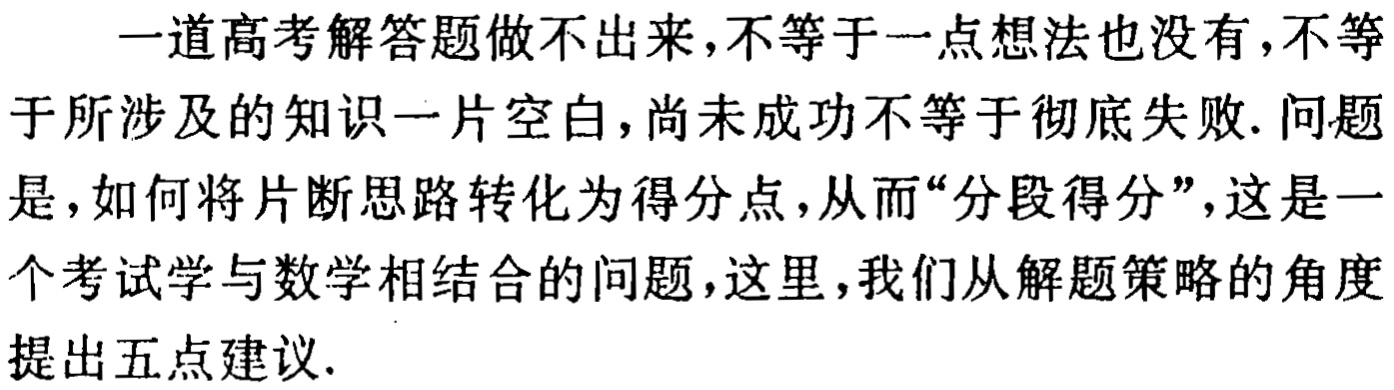
一道高考解答题做不出来,不等于一点想法也没有,不等于所涉及的知识一片空白,尚未成功不等于彻底失败. 问题是,如何将片断思路转化为得分点,从而“分段得分”,这是一个考试学与数学相结合的问题,这里,我们从解题策略的角度提出五点建议.